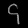
Digit: ၄